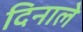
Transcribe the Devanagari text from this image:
दिनाले